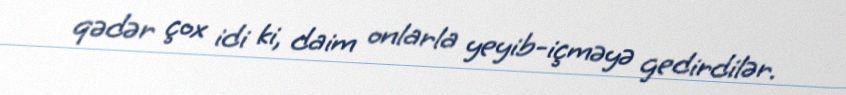
qədər çox idi ki, daim onlarla yeyib-içməyə gedirdilər.